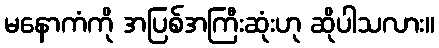
မနောကံကို အပြစ်အကြီးဆုံးဟု ဆိုပါသလား။